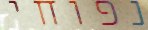
נפוחי